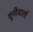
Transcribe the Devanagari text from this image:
यूनीवार्ता